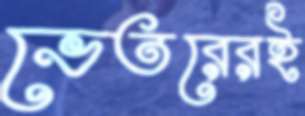
ভেতরেরই